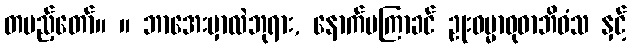
တပည့်တော်။ ။ ဘာအေးမှာလဲဘုရား, နောက်မကြာခင် ဥုးဓမ္မာဝုဓာဘိဝံသ နှင့်